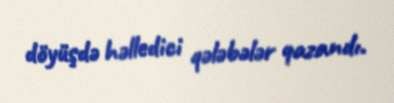
döyüşdə həlledici qələbələr qazandı.